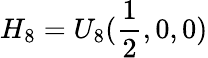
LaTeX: H_{8}=U_{8}(\frac{1}{2},0,0)